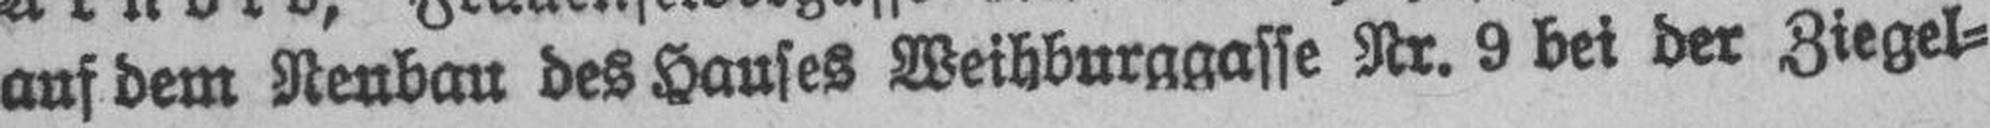
auf dem Neubau des Hauses Weihburggasse Nr. 9 bei der Ziegel¬